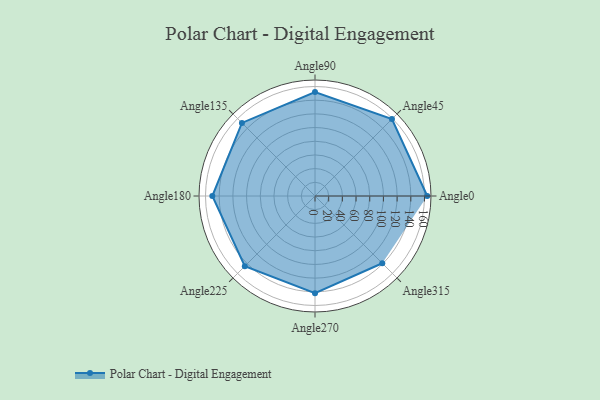
{"axis": {"x": "Angle", "y": "Radius"}, "legend": [""], "data": [{"x": "Angle0", "y": 164.0, "type": ""}, {"x": "Angle45", "y": 159.0, "type": ""}, {"x": "Angle90", "y": 152.0, "type": ""}, {"x": "Angle135", "y": 151.0, "type": ""}, {"x": "Angle180", "y": 150.0, "type": ""}, {"x": "Angle225", "y": 145.0, "type": ""}, {"x": "Angle270", "y": 142.0, "type": ""}, {"x": "Angle315", "y": 139.0, "type": ""}]}